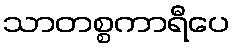
သာတစ္စကာရီပေ